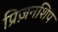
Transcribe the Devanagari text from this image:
प्रिज़नशिप